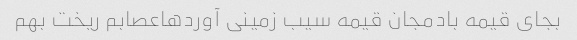
بجای قیمه بادمجان قیمه سیب زمینی آوردهاعصابم ریخت بهم